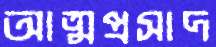
আত্মপ্রসাদ